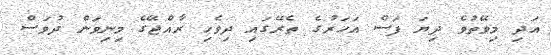
އަދި މިވޭތުވެ ދިޔަ ފަސް އަހަރުގެ ތެރޭގައި ދިވެހި ރާއްޖޭގެ މިނިވަން ދުވަސް